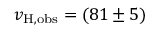
v _ { \mathrm { H , o b s } } = ( 8 1 \pm 5 )